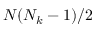
N ( N _ { k } - 1 ) / 2